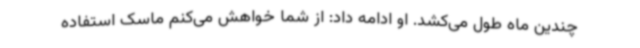
چندین ماه طول می‌کشد. او ادامه داد: از شما خواهش می‌کنم ماسک استفاده